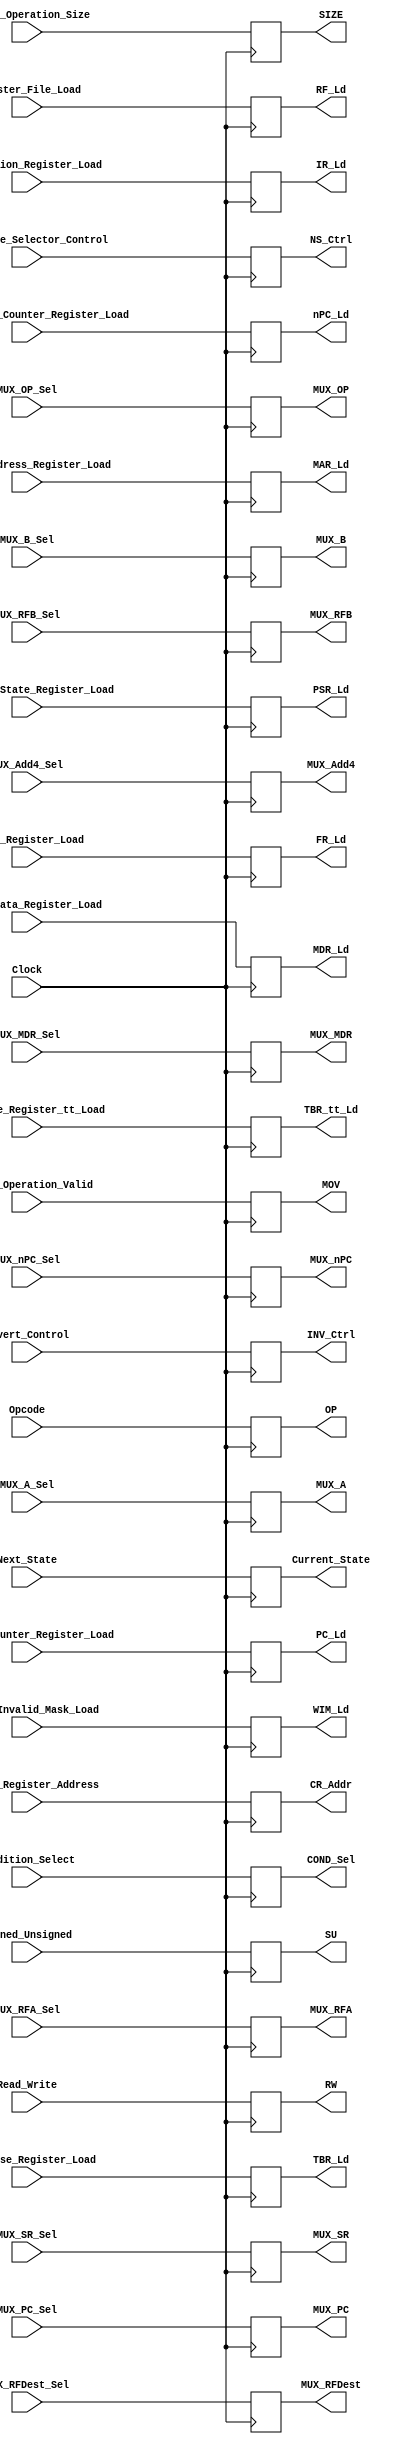
/* Written by Misael Valentin Feliciano
Date last edited: 5/9/2018
Description: This is the Control Register. It stores the control signals associated with the current state. It is loaded by the Microstore.
*/
module Control_Register (
						/* -------------------- Output -------------------- */
						// Register Load Enable Control Signals
						output reg RF_Ld,
						output reg FR_Ld,
						output reg IR_Ld,
						output reg MAR_Ld,
						output reg MDR_Ld,
						output reg PSR_Ld,
						output reg nPC_Ld,
						output reg PC_Ld,
						output reg TBR_Ld,
						output reg TBR_tt_Ld,
						output reg WIM_Ld,
						// Multiplexer Select Control Signals
						output reg [1:0] MUX_A,
						output reg [1:0] MUX_B,
						output reg [1:0] MUX_OP,
						output reg [1:0] MUX_RFA,
						output reg [1:0] MUX_RFB,
						output reg [2:0] MUX_RFDest,
						output reg [1:0] MUX_nPC,
						output reg [1:0] MUX_PC,
						output reg [1:0] MUX_Add4,
						output reg [1:0] MUX_MDR,
						output reg [1:0] MUX_SR,
						// Memory Control Signals
						output reg RW,
						output reg MOV,
						output reg [1:0] SIZE,
						output reg SU,
						// Other Control Signals
						output reg [5:0] OP,
						// Feedback Control Signals
						output reg [8:0] CR_Addr,
						output reg [2:0] NS_Ctrl,
						output reg INV_Ctrl,
						output reg [1:0] COND_Sel,
						// Debugging
						output reg [8:0] Current_State,
						/* -------------------- Input -------------------- */
						// Register Load Enable Control Signals
						input Register_File_Load,
						input Flags_Register_Load,
						input Instruction_Register_Load,
						input Memory_Address_Register_Load,
						input Memory_Data_Register_Load,
						input Processor_State_Register_Load,
						input Next_Program_Counter_Register_Load,
						input Program_Counter_Register_Load,
						input Trap_Base_Register_Load,
						input Trap_Base_Register_tt_Load,
						input Window_Invalid_Mask_Load,
						// Multiplexer Select Control Signals
						input [1:0] MUX_A_Sel,
						input [1:0] MUX_B_Sel,
						input [1:0] MUX_OP_Sel,
						input [1:0] MUX_RFA_Sel,
						input [1:0] MUX_RFB_Sel,
						input [2:0] MUX_RFDest_Sel,
						input [1:0] MUX_PC_Sel,
						input [1:0] MUX_nPC_Sel,
						input [1:0] MUX_Add4_Sel,
						input [1:0] MUX_MDR_Sel,
						input [1:0] MUX_SR_Sel,
						// Memory Control Signals
						input Read_Write,
						input Memory_Operation_Valid,
						input [1:0] Memory_Operation_Size,
						input Signed_Unsigned,
						// Other Control Signals
						input [5:0] Opcode,
						// Feedback Control Signals
						input [8:0] Control_Register_Address,
						input [2:0] Next_State_Selector_Control,
						input Invert_Control,
						input [1:0] Condition_Select,
						// Clock
						input Clock,
						// Debugging
						input [8:0] Next_State
						);
						
	always @ (negedge Clock)
		begin
		RF_Ld <= Register_File_Load;
		FR_Ld <= Flags_Register_Load;
		IR_Ld <= Instruction_Register_Load;
		MAR_Ld <= Memory_Address_Register_Load;
		MDR_Ld <= Memory_Data_Register_Load;
		PSR_Ld <= Processor_State_Register_Load;
		nPC_Ld <= Next_Program_Counter_Register_Load;
		PC_Ld <= Program_Counter_Register_Load;
		TBR_Ld <= Trap_Base_Register_Load;
		TBR_tt_Ld <= Trap_Base_Register_tt_Load;
		WIM_Ld <= Window_Invalid_Mask_Load;
		// Multiplexer Select Control Signals
		MUX_A <= MUX_A_Sel;
		MUX_B <= MUX_B_Sel;
		MUX_OP <= MUX_OP_Sel;
		MUX_RFA <= MUX_RFA_Sel;
		MUX_RFB <= MUX_RFB_Sel;
		MUX_RFDest <= MUX_RFDest_Sel;
		MUX_nPC <= MUX_nPC_Sel;
		MUX_PC <= MUX_PC_Sel;
		MUX_Add4 <= MUX_Add4_Sel;
		MUX_MDR <= MUX_MDR_Sel;
		MUX_SR <= MUX_SR_Sel;
		// Memory Control Signals
		RW <= Read_Write;
		MOV <= Memory_Operation_Valid;
		SIZE <= Memory_Operation_Size;
		SU <= Signed_Unsigned;
		// Other Control Signals
		OP <= Opcode;
		// Feedback Control Signals
		CR_Addr <= Control_Register_Address;
		NS_Ctrl <= Next_State_Selector_Control;
		INV_Ctrl <= Invert_Control;
		COND_Sel <= Condition_Select;
		// Debugging
		Current_State <= Next_State;
		end
endmodule